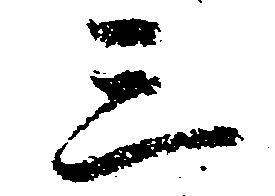
三